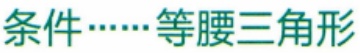
条件……等腰三角形